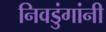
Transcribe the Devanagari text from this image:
निवडुंगांनी